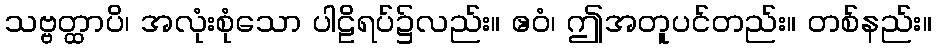
သဗ္ဗတ္ထာပိ၊ အလုံးစုံသော ပါဠိရပ်၌လည်း။ ဧဝံ၊ ဤအတူပင်တည်း။ တစ်နည်း။